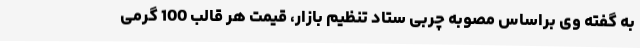
به گفته وی براساس مصوبه چربی ستاد تنظیم بازار، قیمت هر قالب 100 گرمی